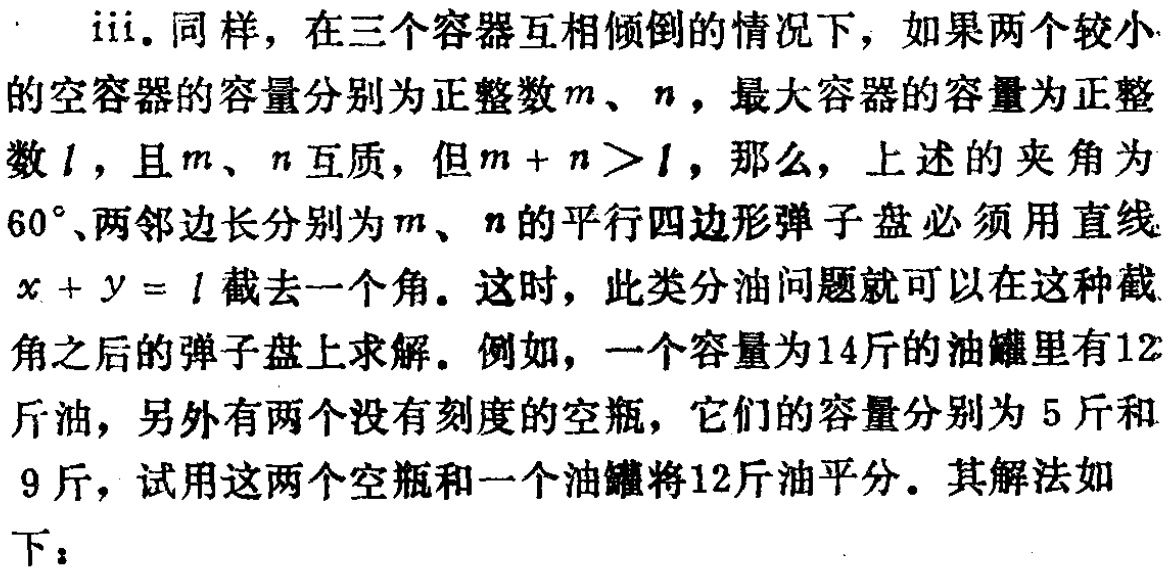
iii. 同样，在三个容器互相倾倒的情况下，如果两个较小的空容器的容量分别为正整数\(m\)、\(n\)，最大容器的容量为正整数\(l\)，且\(m\)、\(n\)互质，但\(m + n>l\)，那么，上述的夹角为\(60^{\circ}\)、两邻边长分别为\(m\)、\(n\)的平行四边形弹子盘必须用直线\(x + y = l\)截去一个角。这时，此类分油问题就可以在这种截角之后的弹子盘上求解。例如，一个容量为14斤的油罐里有12斤油，另外有两个没有刻度的空瓶，它们的容量分别为5斤和9斤，试用这两个空瓶和一个油罐将12斤油平分。其解法如下：